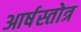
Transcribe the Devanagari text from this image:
आर्षस्तोत्र